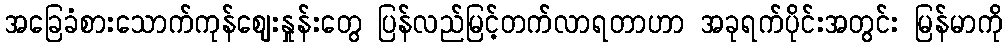
အခြေခံစားသောက်ကုန်ဈေးနှုန်းတွေ ပြန်လည်မြင့်တက်လာရတာဟာ အခုရက်ပိုင်းအတွင်း မြန်မာကို